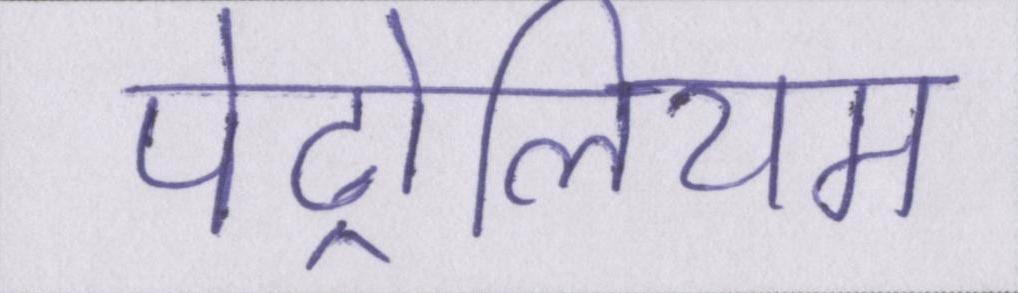
पेट्रोलियम